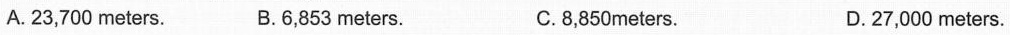
A.23,700 meters. B.6,853 meters. C.8,850meters. D.27,000 meters.